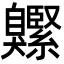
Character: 𦤱